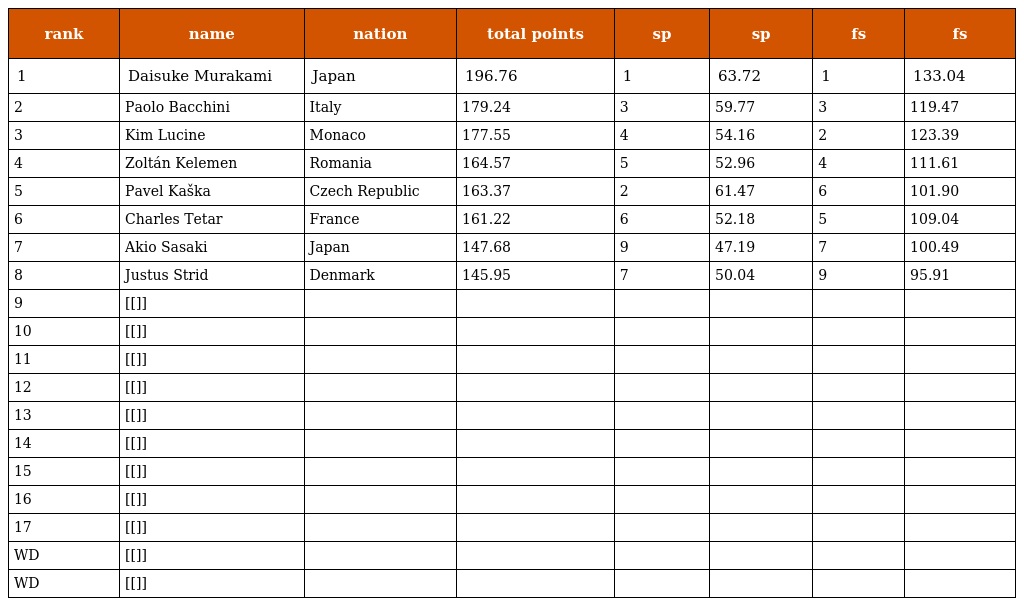
| rank | name | nation | total points | sp | sp | fs | fs |
 | --- | --- | --- | --- | --- | --- | --- | --- |
 | 1 | Daisuke Murakami | Japan | 196.76 | 1 | 63.72 | 1 | 133.04 |
 | 2 | Paolo Bacchini | Italy | 179.24 | 3 | 59.77 | 3 | 119.47 |
 | 3 | Kim Lucine | Monaco | 177.55 | 4 | 54.16 | 2 | 123.39 |
 | 4 | Zoltán Kelemen | Romania | 164.57 | 5 | 52.96 | 4 | 111.61 |
 | 5 | Pavel Kaška | Czech Republic | 163.37 | 2 | 61.47 | 6 | 101.90 |
 | 6 | Charles Tetar | France | 161.22 | 6 | 52.18 | 5 | 109.04 |
 | 7 | Akio Sasaki | Japan | 147.68 | 9 | 47.19 | 7 | 100.49 |
 | 8 | Justus Strid | Denmark | 145.95 | 7 | 50.04 | 9 | 95.91 |
 | 9 | [[]] |  |  |  |  |  |  |
 | 10 | [[]] |  |  |  |  |  |  |
 | 11 | [[]] |  |  |  |  |  |  |
 | 12 | [[]] |  |  |  |  |  |  |
 | 13 | [[]] |  |  |  |  |  |  |
 | 14 | [[]] |  |  |  |  |  |  |
 | 15 | [[]] |  |  |  |  |  |  |
 | 16 | [[]] |  |  |  |  |  |  |
 | 17 | [[]] |  |  |  |  |  |  |
 | WD | [[]] |  |  |  |  |  |  |
 | WD | [[]] |  |  |  |  |  |  |